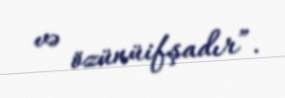
və özünüifşadır”.